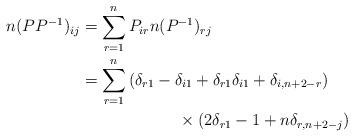
LaTeX: \begin{align*}n(PP^{ - 1} )_{ij}&= \sum\limits_{r = 1}^n {P_{ir} n(P^{ - 1} )_{rj} }\\ &= \sum\limits_{r = 1}^n {(\delta _{r1} - \delta _{i1} + \delta _{r1} \delta _{i1} + \delta _{i,n + 2 - r} )}\\&\qquad\qquad\qquad\times (2\delta _{r1} - 1 + n\delta _{r,n + 2 - j} )\end{align*}